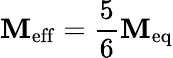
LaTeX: \mathbf{M}_{\mathrm{{eff}}}=\frac{{5}}{{6}}\mathbf{M}_{\mathrm{{eq}}}